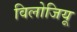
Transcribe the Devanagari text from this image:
विलोजियू